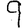
Digit: 9